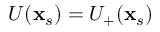
U ( \mathbf { x } _ { s } ) = U _ { + } ( \mathbf { x } _ { s } )